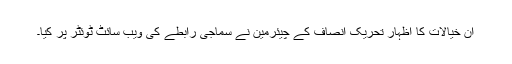
ان خیالات کا اظہار تحریک انصاف کے چیئرمین نے سماجی رابطے کی ویب سائٹ ٹوئٹر پر کیا۔